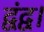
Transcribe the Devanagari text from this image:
द्वंद्व।